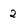
Character: 2